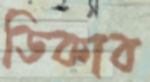
ডিকাব